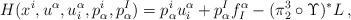
LaTeX: \begin{align*}H(x^i,u^\alpha,u_i^\alpha,p_\alpha^i,p_\alpha^I) = p_\alpha^iu_i^\alpha + p_\alpha^If_I^\alpha- (\pi_2^3 \circ \Upsilon)^*L \, ,\end{align*}